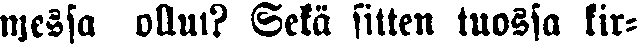
messa ollut? Sekä sitten tuossa kir-